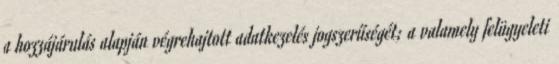
a hozzájárulás alapján végrehajtott adatkezelés jogszerűségét; a valamely felügyeleti